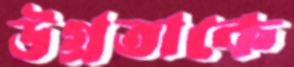
উগ্রতাকে